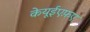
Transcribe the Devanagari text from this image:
केयूईएफ़ए